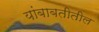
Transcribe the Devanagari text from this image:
यांबाबतीतील